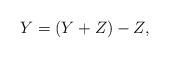
LaTeX: \begin{align*}Y = (Y+Z)-Z,\end{align*}